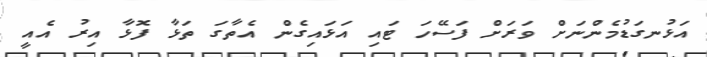
އަޅުނގަޑުމެންނަށް ވަރަށް ފަސޭހަ ޓައި އަޅައިގެން އެތާގަ ތަޅާ ފޮޅާ އިރު އެއީ